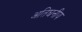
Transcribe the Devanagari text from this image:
अतिघनीय